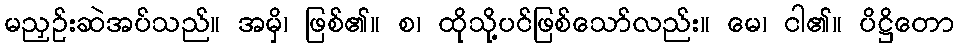
မညှဉ်းဆဲအပ်သည်။ အမှိ၊ ဖြစ်၏။ စ၊ ထိုသို့ပင်ဖြစ်သော်လည်း။ မေ၊ ငါ၏။ ပိဋ္ဌိတော